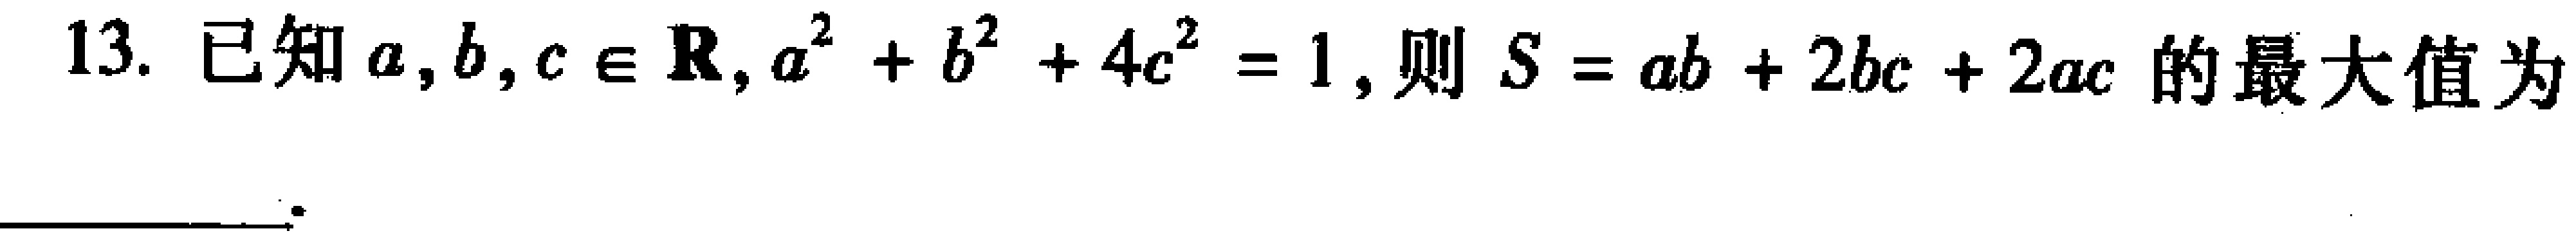
13. 已知\(a,b,c\in \mathbf{R},a^{2}+b^{2}+4c^{2}=1\)，则\(S = ab + 2bc + 2ac\)的最大值为___。